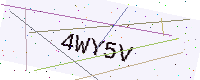
Text: 4WY5V